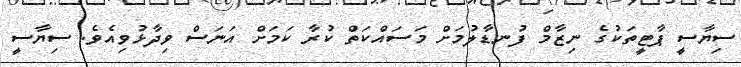
ސިޔާސީ ޕާޓީތަކުގެ ނިޒާމް ފުނޑާލުމަށް މަސައްކަތް ކުރާ ކަމަށް އަނަސް ވިދާޅުވިއެވެ. ސިޔާސީ